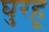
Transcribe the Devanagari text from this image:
घुरहू